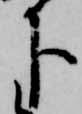
下